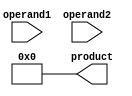
module parallel_booth_multiplier(
    input [15:0] operand1,
    input [15:0] operand2,
    output reg [31:0] product
);

reg [15:0] a, b;
reg [31:0] partial_products [0:15];
reg [4:0] index;
reg [1:0] previous_bits;

always @(*) begin
    a = operand1;
    b = operand2;
    index = 0;
    product = 0;
    previous_bits = 2'b0;
    
    for(index = 0; index < 16; index=index+1) begin
        case({a[index], previous_bits})
            2'b00: begin 
                       partial_products[index] = 0;
                       previous_bits = 2'b0;
                  end
            2'b01: begin 
                       partial_products[index] = b << index;
                       previous_bits = 2'b1;
                  end
            2'b10: begin 
                       partial_products[index] = -(b << index);
                       previous_bits = 2'b0;
                  end
            2'b11: begin 
                       partial_products[index] = 0;
                       previous_bits = 2'b1;
                  end
        endcase
    end
    
    for(index = 0; index < 16; index=index+1) begin
        product = product + partial_products[index];
    end
end

endmodule